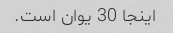
اینجا 30 یوان است.